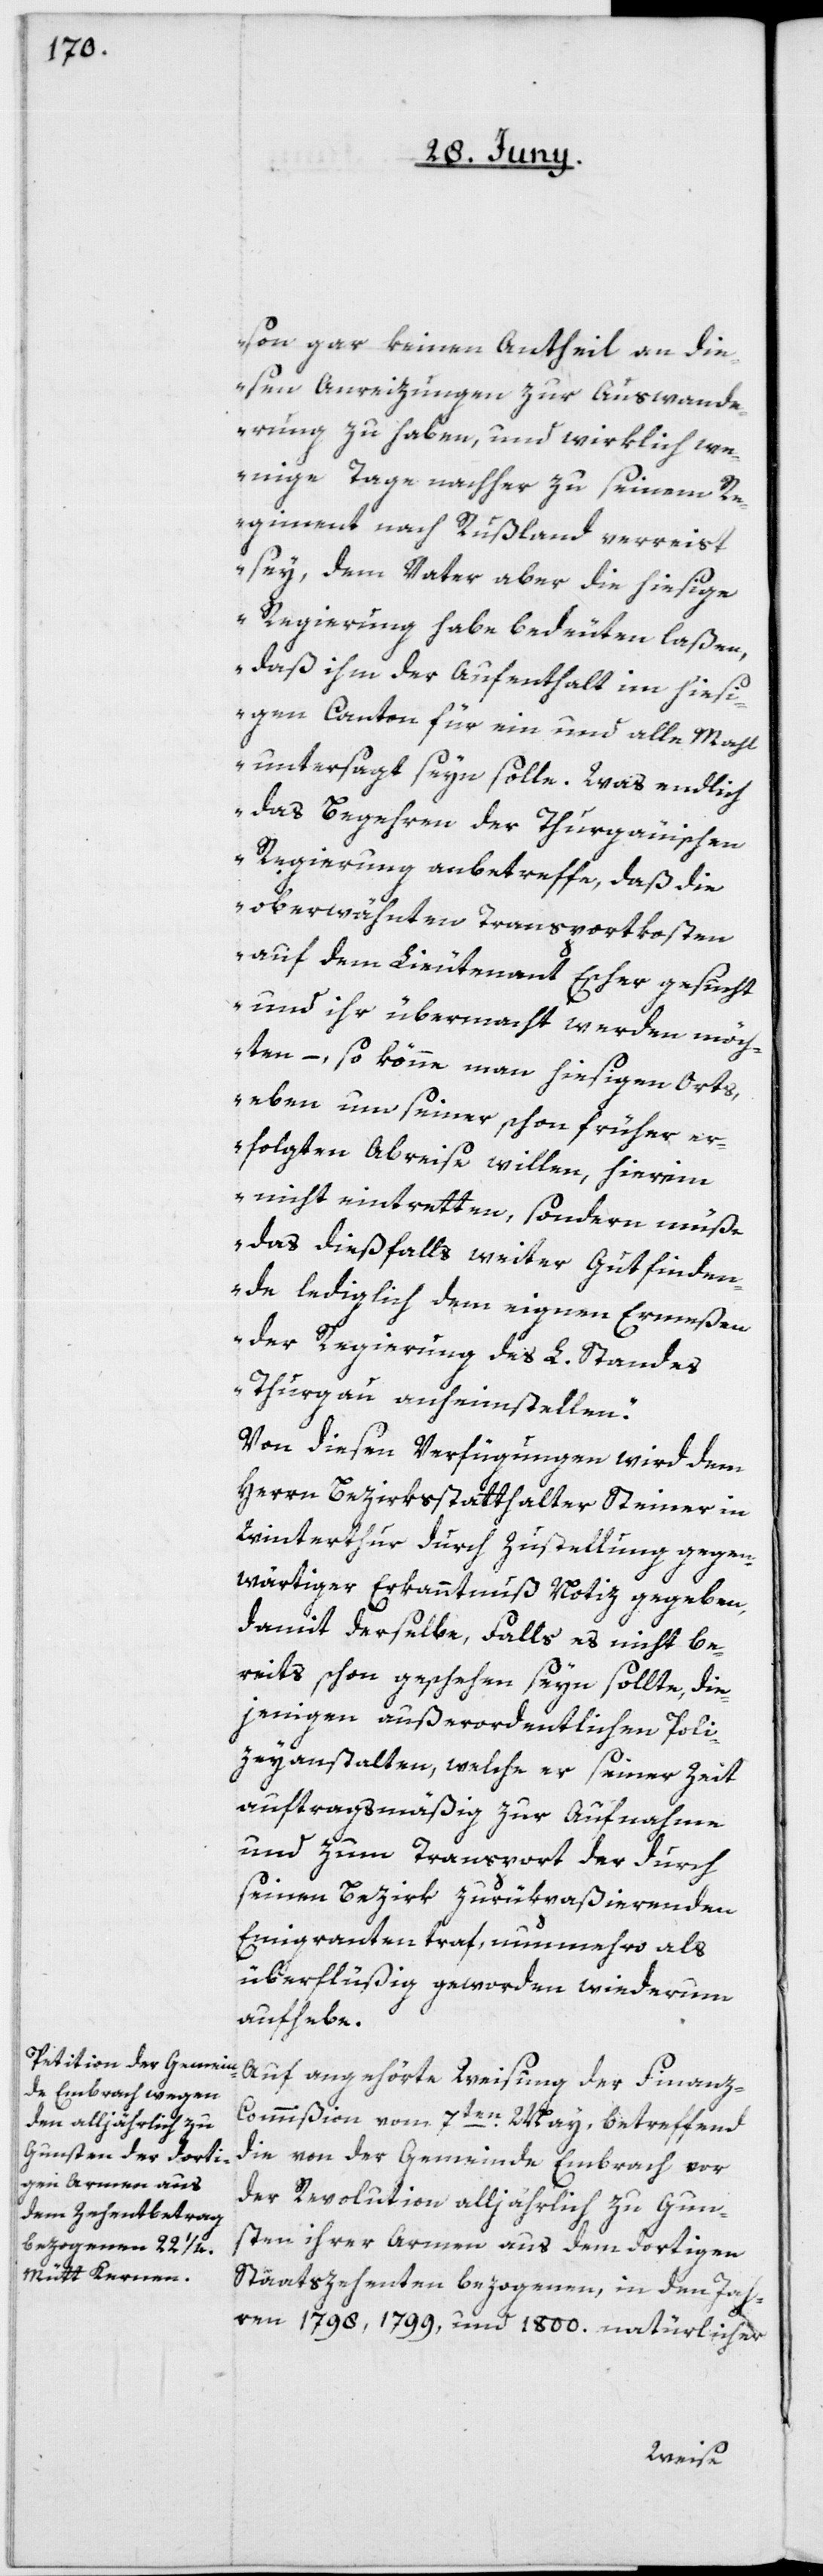
son gar keinen Antheil an die¬
sen Anreizungen zur Auswande¬
rung zu haben, und wirklich we¬
nige Tage nachher zu seinem Re¬
giment nach Rußland verreist
sey, dem Vater aber die hiesige
Regierung habe bedeuten laßen,
daß ihm der Aufenthalt im hiesi¬
gen Canton für ein und alle Mahl
untersagt seyn solle. Was endlich
das Begehren der Thurgauischen
Regierung anbetreffe, daß die
oberwähnten Transportkosten
auf dem Lieutenant Escher gesucht
und ihr übermacht werden möch¬
ten, – so könne man hiesigen Orts,
eben um seiner schon früher er¬
folgten Abreise willen, hierim
nicht eintretten, sondern müße
das dießfalls weiter Gutfinden¬
de lediglich dem eignen Ermeßen
der Regierung des L. Standes
Thurgau anheimstellen“.
Von diesen Verfügungen wird dem
Herrn Bezirksstatthalter Steiner in
Winterthur durch Zustellung gegen¬
wärtiger Erkanntnuß Notiz gegeben,
damit derselbe, Falls es nicht be¬
reits schon geschehen seyn sollte, die¬
jenigen außerordentlichen Poli¬
zeyanstalten, welche er seiner Zeit
auftragsmäßig zur Aufnahme
und zum Transport der durch
seinen Bezirk zurükpaßierenden
Emigranten traf, nunmehro als
überflüßig geworden wiederum
aufhebe.
Auf angehörte Weisung der Finan¬
z-Commißion vom 7ten May, betreffend
die von der Gemeinde Embrach vor
der Revolution alljährlich zu Gun¬
sten ihrer Armen aus dem dortigen
Staatszehenten bezogenen, in den Jah¬
ren 1798, 1799 und 1800. natürlicher